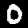
Label: 0